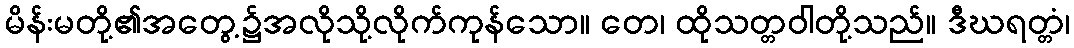
မိန်းမတို့၏အတွေ့၌အလိုသို့လိုက်ကုန်သော။ တေ၊ ထိုသတ္တဝါတို့သည်။ ဒီဃရတ္တံ၊